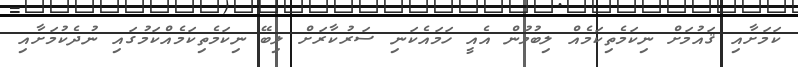
ކަމަށާއި ޤައުމަށް ނިކަމެތިކަމެއް ލިބުމުން އެއީ ހަމައެކަނި ސަރުކާރަށް ލިބޭ ނިކަމެތިކަމެއްކަމުގައި ނުދެކުމަށާއި